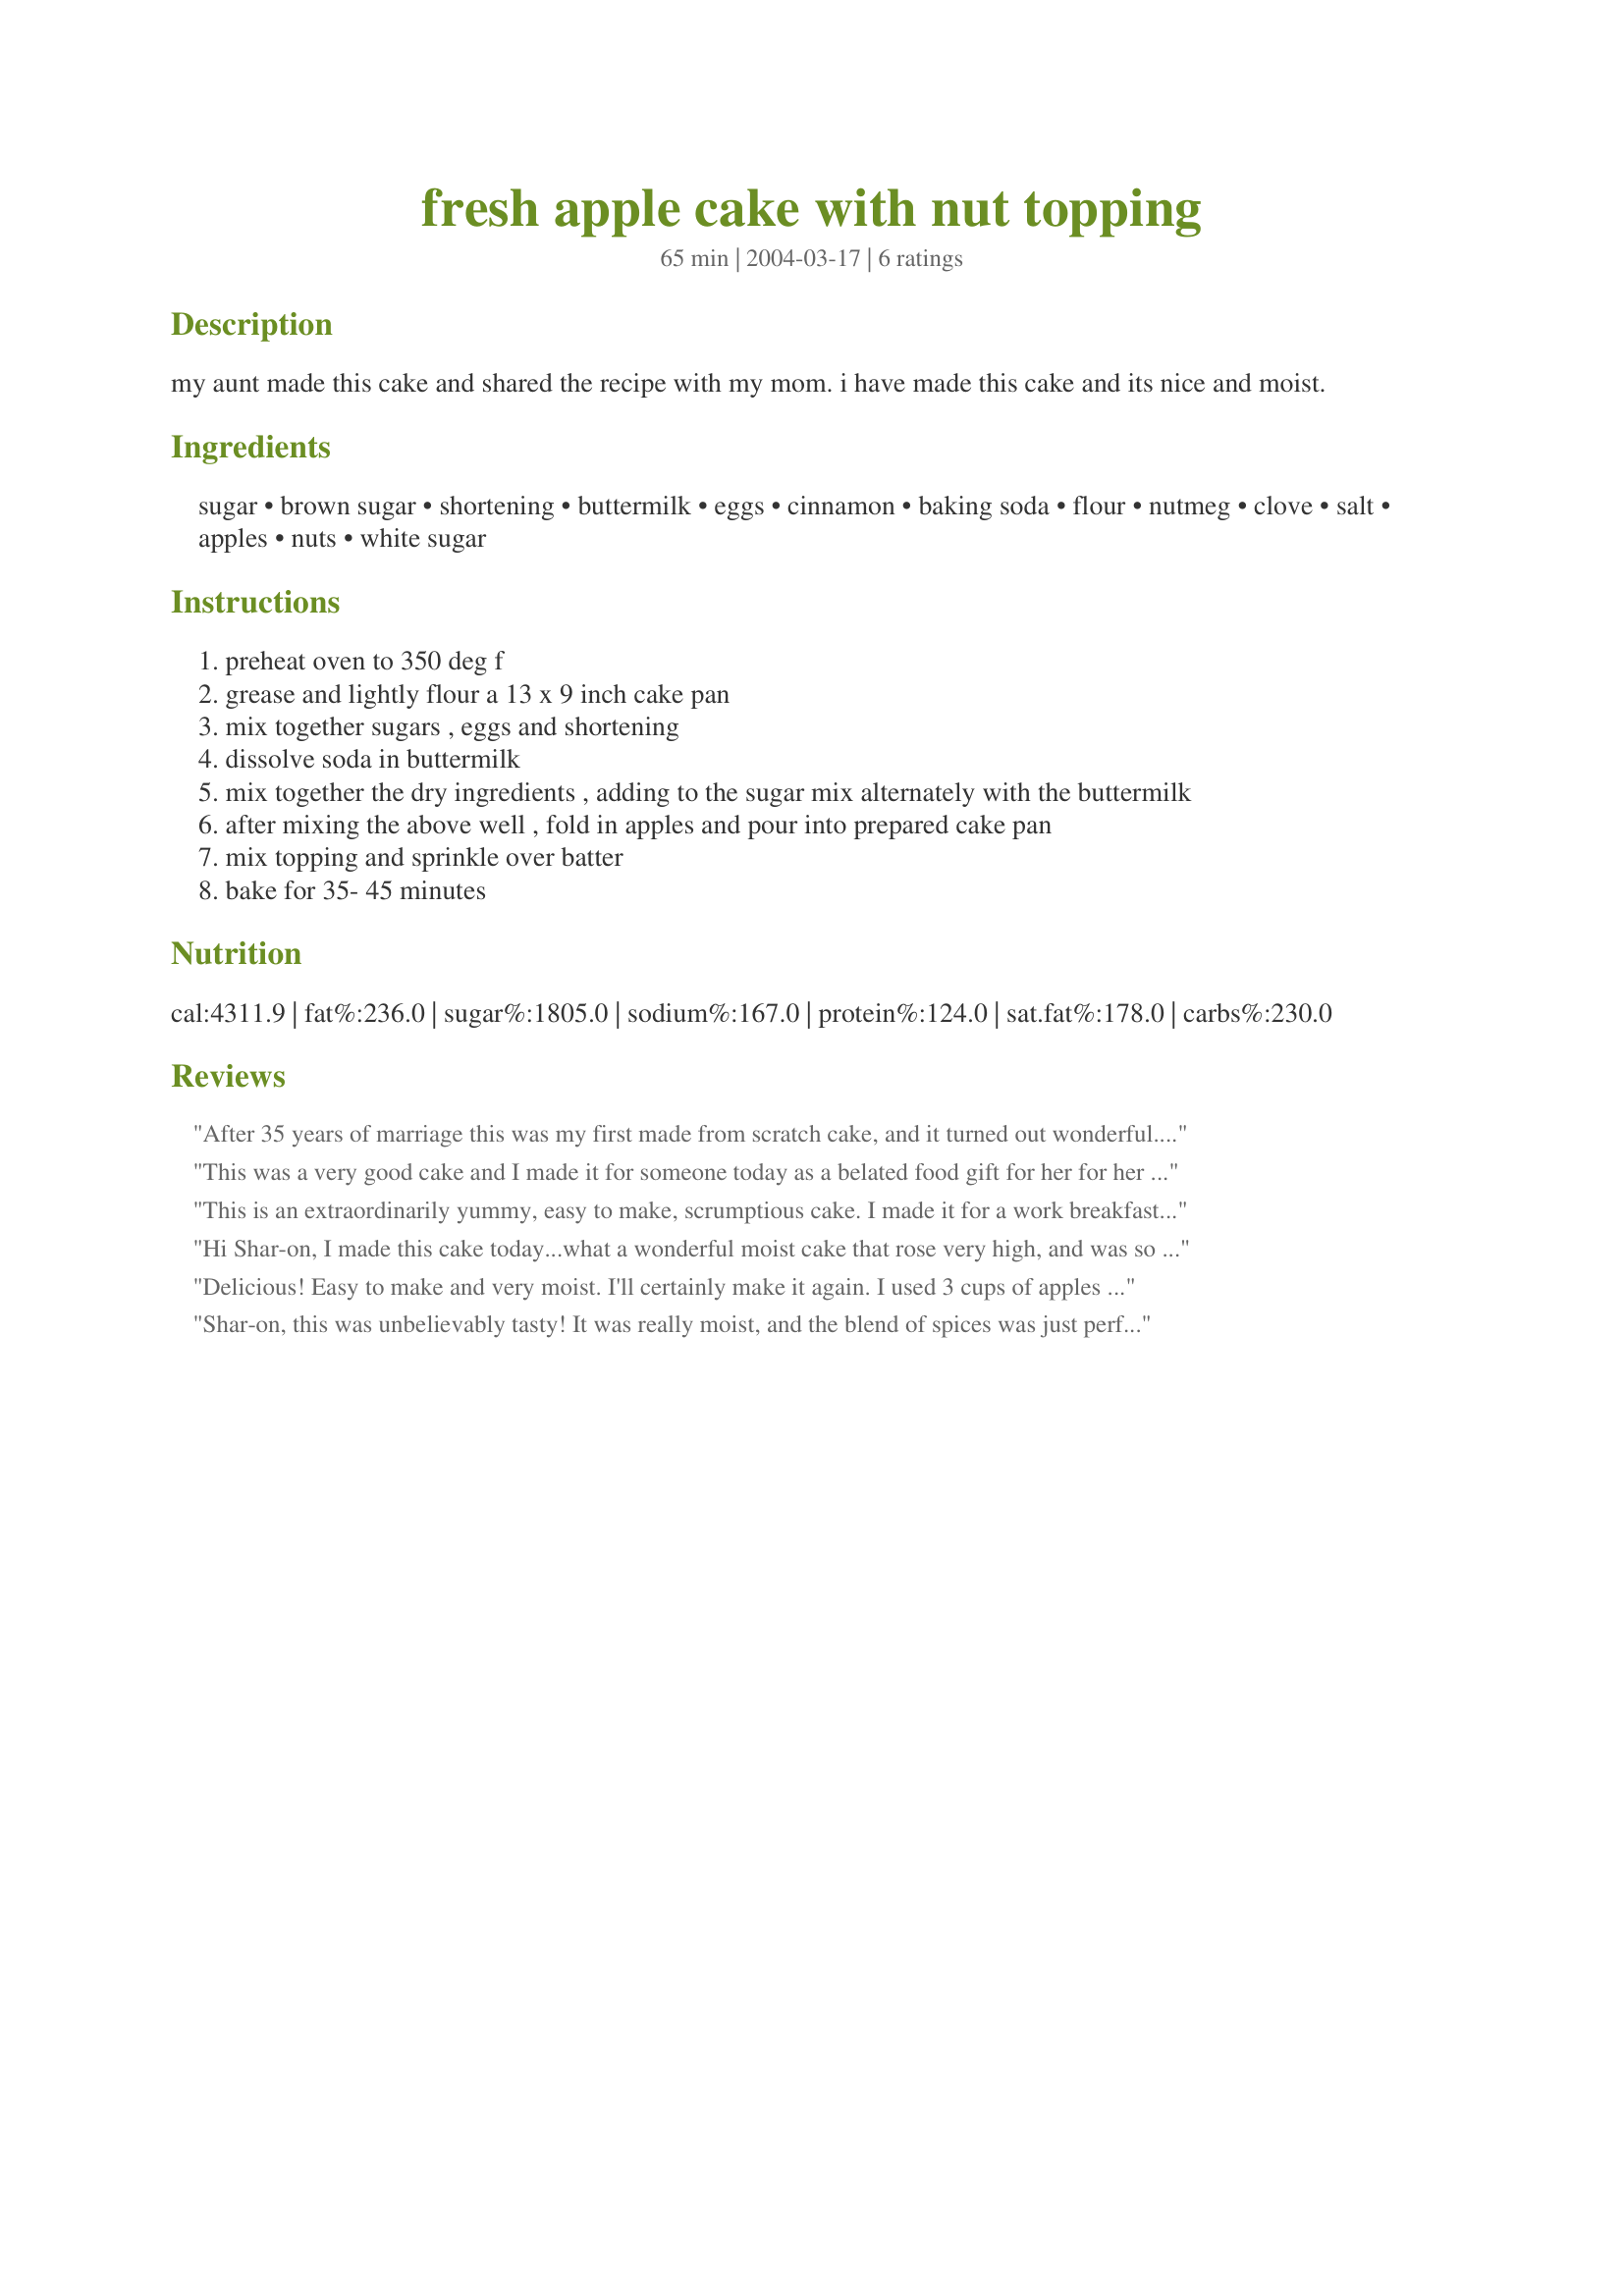
fresh apple cake with nut topping
Preparation time: 65 minutes

my aunt made this cake and shared the recipe with my mom. i have made this cake and its nice and moist.

Ingredients:
sugar, brown sugar, shortening, buttermilk, eggs, cinnamon, baking soda, flour, nutmeg, clove, salt, apples, nuts, white sugar

Steps:
preheat oven to 350 deg f
grease and lightly flour a 13 x 9 inch cake pan
mix together sugars , eggs and shortening
dissolve soda in buttermilk
mix together the dry ingredients , adding to the sugar mix alternately with the buttermilk
after mixing the above well , fold in apples and pour into prepared cake pan
mix topping and sprinkle over batter
bake for 35- 45 minutes

Reviews:
After 35 years of marriage this was my first made from scratch cake, and it turned out wonderful. I had some apples that we picked off our tree in August and they were still good in my fridge, so I needed something to put them in and this was perfect. Only change I made was to put 3 cups instead of 2, and wasn't sure how big or small to chop the apples so I made them in between. Made the house smell incredible. Thanks so much for this great recipe, I will certainly make this again since it was so simple to do.
This was a very good cake and I made it for someone today as a belated food gift for her for her birthday. She said she loved the taste of the spices in this cake and asked me for the recipe too;-)! I subsituted the buttermilk by adding 1 tbsp. of lemon juice to 3/4 cup of milk and I kept it aside for 5 minutes before using it. This is what I always do when a recipe calls for buttermilk and it always works well for me. Thank you for posting this good cake recipe:)
This is an extraordinarily yummy, easy to make, scrumptious cake. I made it for a work breakfast tomorrow, and I've already had a "little" bit for myself. The spices are great, the texture is perfect, and the topping just makes it even better. Definitely a keeper that I'll make again!
Hi Shar-on, I made this cake today...what a wonderful moist cake that rose very high, and was so light and delicious, I am thinking that dissolving the soda in the buttermilk made such a big difference to the texture, it was fabulous!... and great topping BTW. This is a winning cake recipe, I highly advise anyone to try it.. thanks so much for posting Shar-on, I will make it again...Kittencal:)
Delicious! Easy to make and very moist. I'll certainly make it again. I used 3 cups of apples and omitted the nutmeg and cloves since I'm not fond of them. It's a great recipe! One thing I noticed is the recipe for the cake has cinnamon listed twice. I used 1/2 tsp. but will use 1 tsp. next time.
Shar-on, this was unbelievably tasty! It was really moist, and the blend of spices was just perfect! The cake was baked in 35 minutes. I decided to make this as I was expecting visitors, and everyone just loved it! I'm sure I'll be making this again. Thanks!
